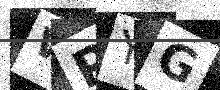
Text: WPYG